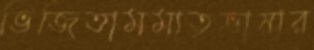
ভিজিতামমাতৃভাষার